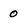
Character: 0